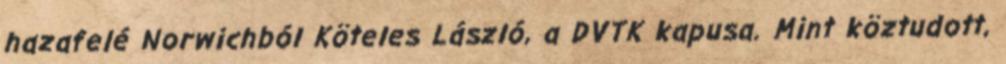
hazafelé Norwichból Köteles László, a DVTK kapusa. Mint köztudott,